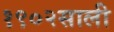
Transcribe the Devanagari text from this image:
१९०२साली